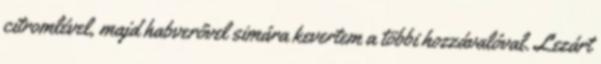
citromlével, majd habverővel simára kevertem a többi hozzávalóval. Lezárt